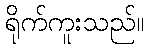
ရိုက်ကူးသည်။